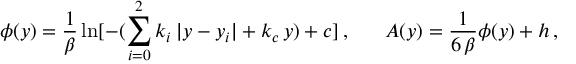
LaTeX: \phi ( y ) = { \frac { 1 } { \beta } } \ln [ { - ( \sum _ { i = 0 } ^ { 2 } k _ { i } \, | y - y _ { i } | + k _ { c } \, y ) + c } ] \, , \ \ \ \ \ A ( y ) = { \frac { 1 } { 6 \, \beta } } \phi ( y ) + h \, ,